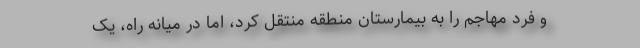
و فرد مهاجم را به بیمارستان منطقه منتقل کرد، اما در میانه راه، یک